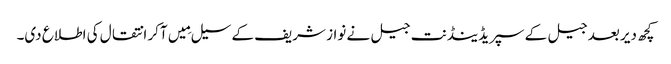
کچھ دیر بعد جیل کے سپریڈینڈنت جیل نے نواز شریف کے سیل مِیں آکر انتقال کی اطلاع دی۔